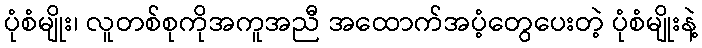
ပုံစံမျိုး၊ လူတစ်စုကိုအကူအညီ အထောက်အပံ့တွေပေးတဲ့ ပုံစံမျိုးနဲ့